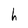
Character: h